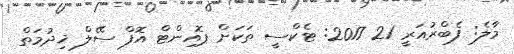
މާލެ: ފެެބްރުއަރީ 21 2017: ޓެކްސީ ތަކަށް ޕޮއިންޓް އޮފް ސޭލް ޚިދުމަތް